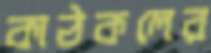
কাঠকলের